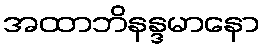
အထာဘိနန္ဒမာနော